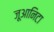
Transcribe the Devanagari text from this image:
जूआनिटा